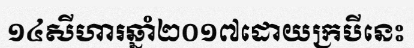
១៤សីហារឆ្នាំ២០១៧ដោយក្របីនេះ